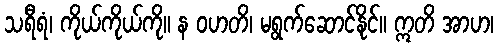
သရီရံ၊ ကိုယ်ကိုယ်ကို။ န ဝဟတိ၊ မရွက်ဆောင်နိုင်။ ဣတိ အာဟ၊